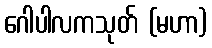
ဂေါပါလကသုတ် (မဟာ)